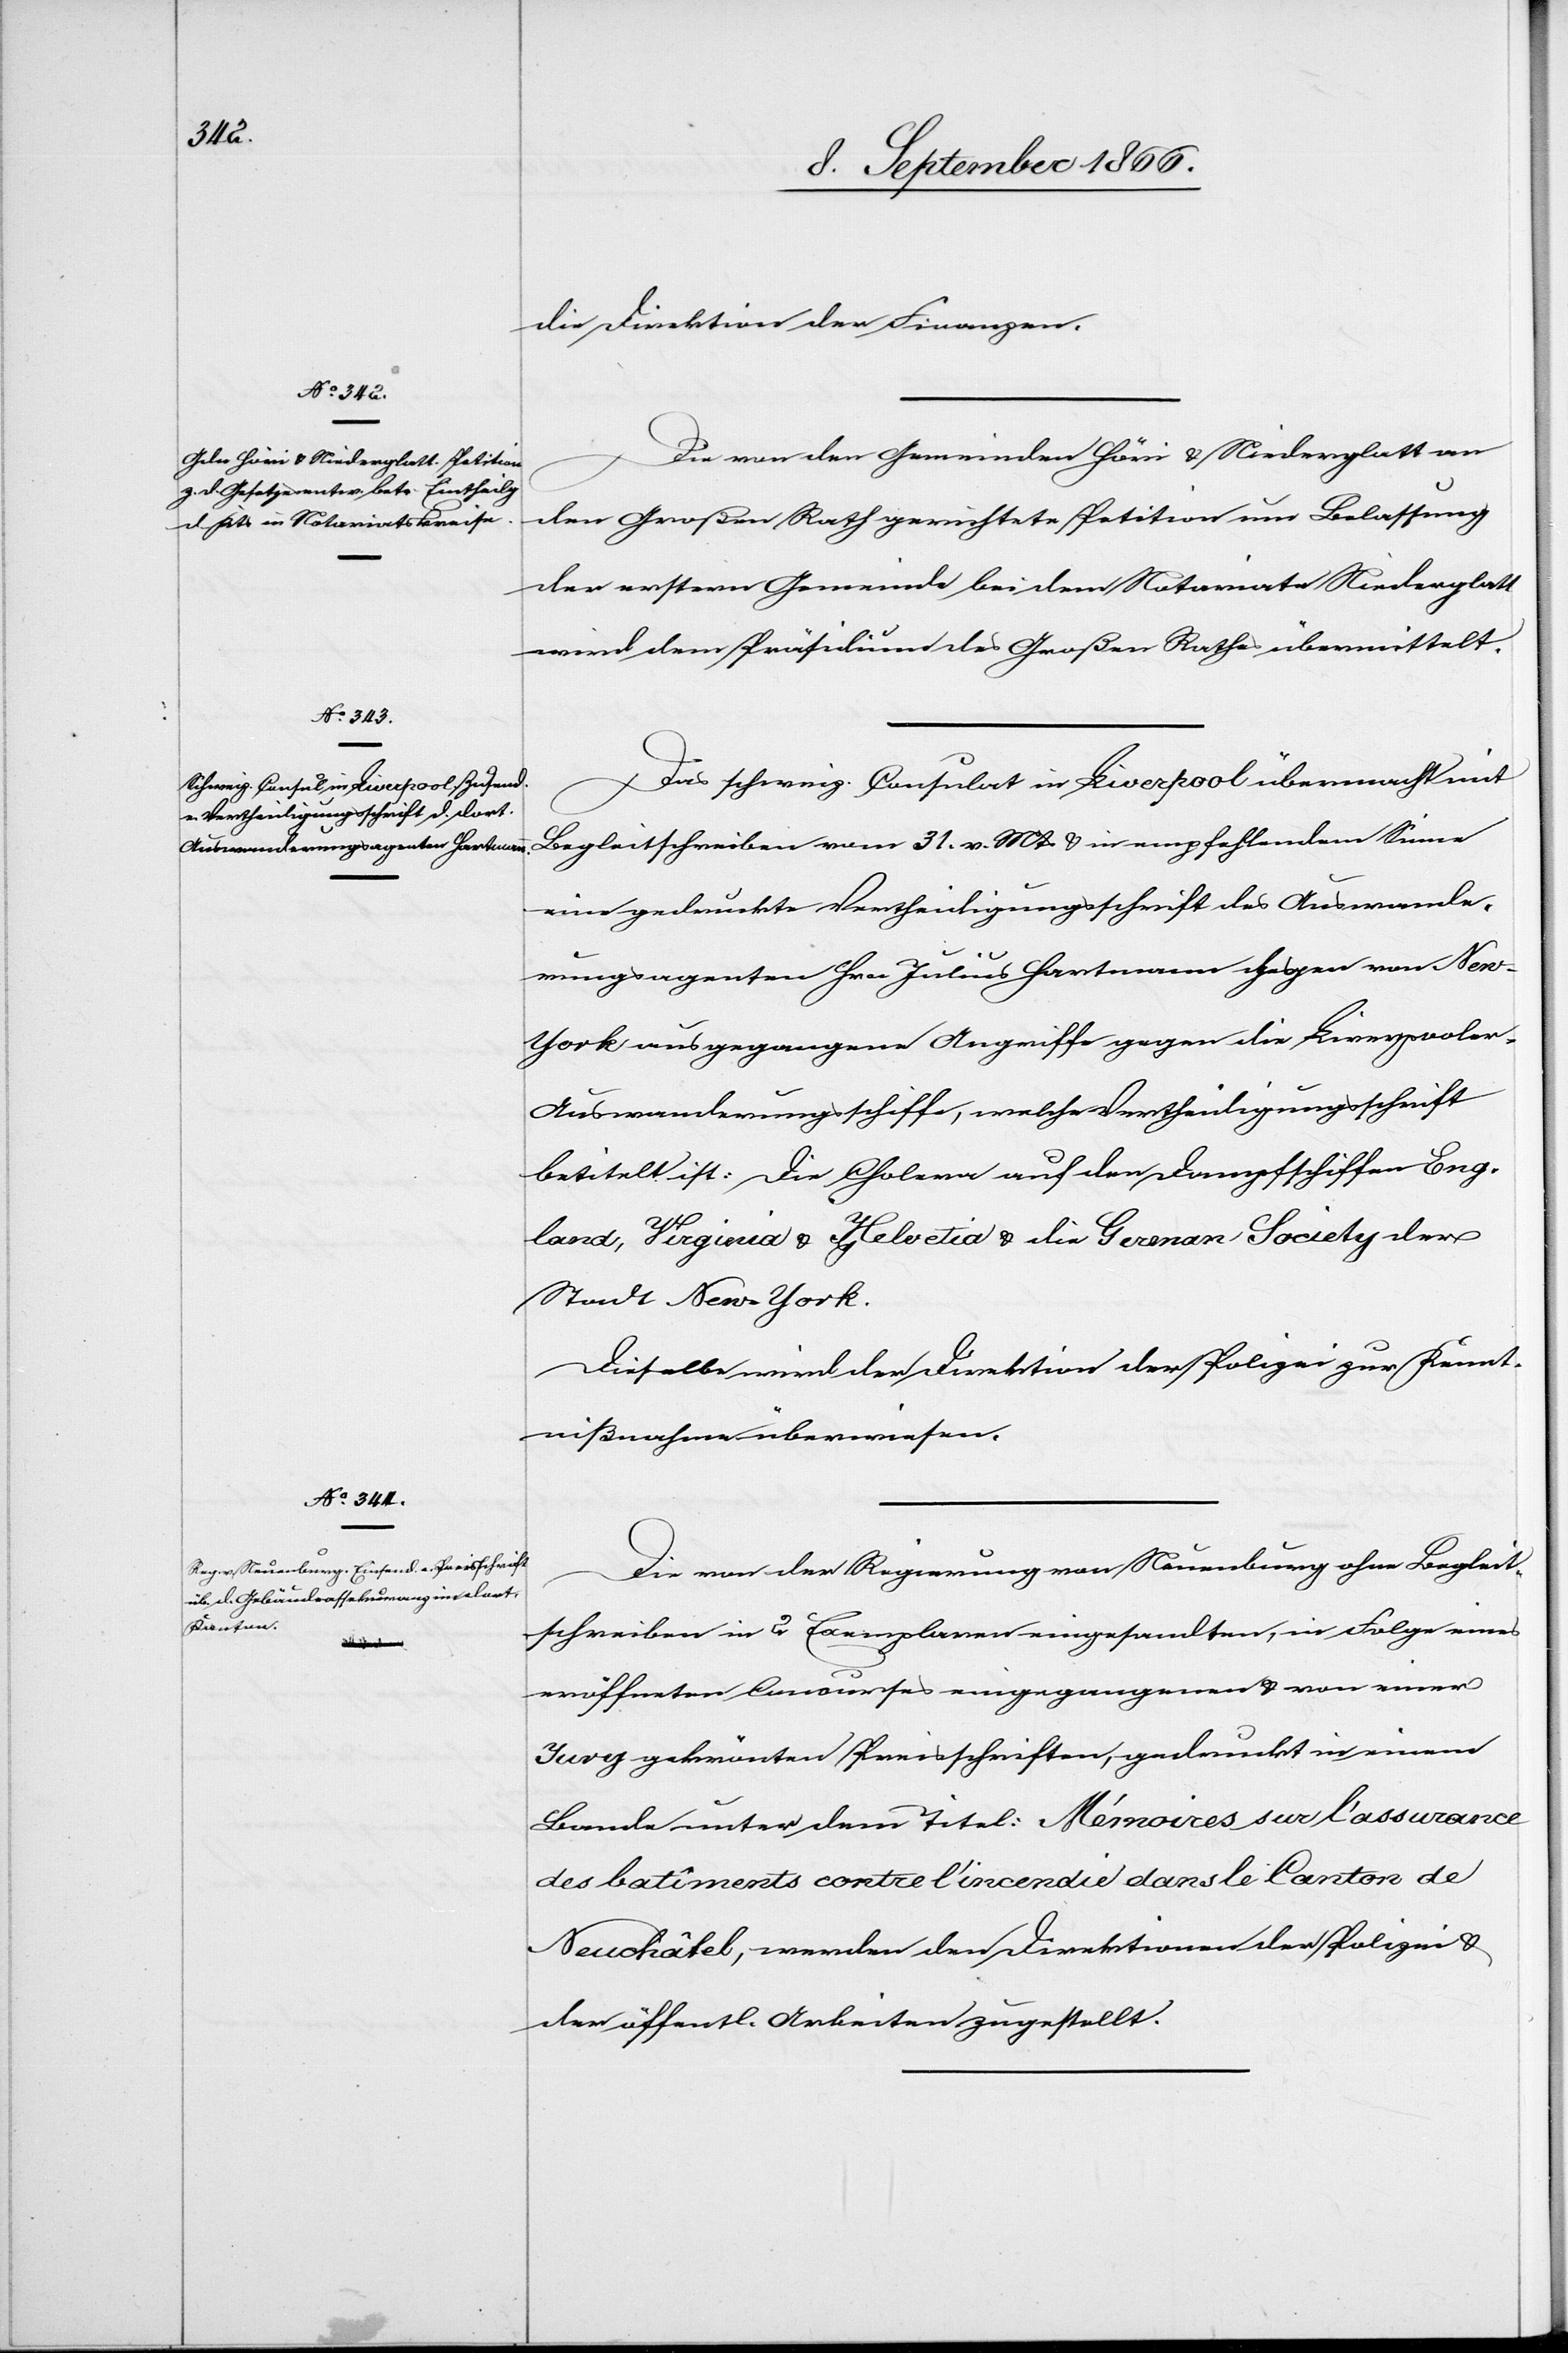
die Direktion der Finanzen.
Die von den Gemeinden Höri u. Niederglatt an
den Großen Rath gerichtete Petition um Belassung
der erstern Gemeinde bei dem Notariatsamte Niederglatt
wird dem Präsidium des Großen Rathes übermittelt.
Das schweiz. Consulat in Liverpool übermacht mit
Begleitschreiben vom 31. v. Mts. u. in empfehlendem Sinne
eine gedruckte Vertheidigungsschrift des Auswande¬
rungsagenten Hrn. Julius Hartmann gegen von Ne¬
w-York aus gegangene Angriffe gegen die Liverpooler-A¬
uswanderungsschiffe, welche Vertheidigungsschrift
betitelt ist: Die Cholera auf den Dampfschiffen Eng¬
land, Virginia u. Helvetia u. die German Society der
Stadt New York.
Dieselbe wird der Direktion der Polizei zur Kennt¬
nißnahme überwiesen.
Die von der Regierung von Neuenburg ohne Begleit¬
schreiben in 2 Exemplaren eingesandte, in Folge eines
eröffneten Concurses eingegangenen u. von einer
Jury gekrönten Preisschriften, gedruckt in einem
Bande unter dem Titel: Mémoires sur l’assecurance
des batîments contre l’incendie dans le Canton de
Neuchâtel, werden den Direktionen der Polizei u.
der öffentl. Arbeiten zugestellt.